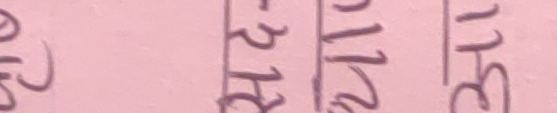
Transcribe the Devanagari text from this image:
९ १२ ११ ३१